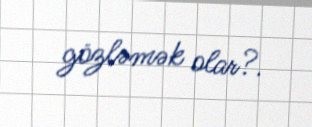
gözləmək olar?.